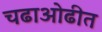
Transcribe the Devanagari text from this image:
चढाओढीत